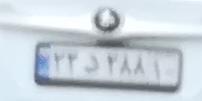
۴۳و۲۸۸۱۰